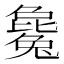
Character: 毚